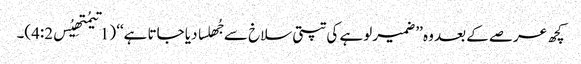
کچھ عرصے کے بعد وہ ’’ضمیر لوہے کی تپتی سلاخ سے جُھلسا دیا جاتا ہے‘‘ (1تیمُتھِیُس4:2)۔